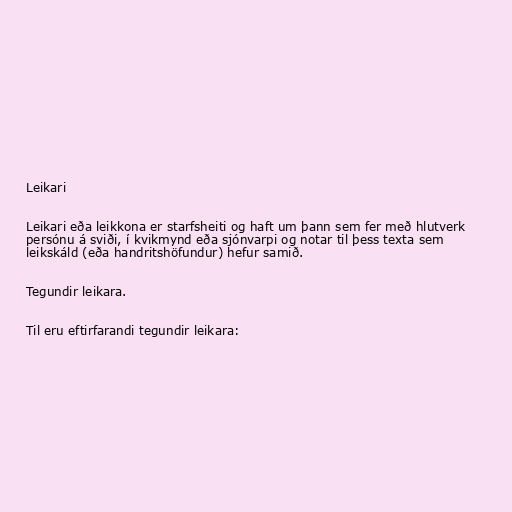
Leikari

Leikari eða leikkona er starfsheiti og haft um þann sem fer með hlutverk
persónu á sviði, í kvikmynd eða sjónvarpi og notar til þess texta sem
leikskáld (eða handritshöfundur) hefur samið.

Tegundir leikara.

Til eru eftirfarandi tegundir leikara: